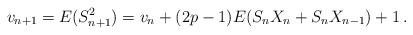
LaTeX: \begin{align*} v_{n+1}= E(S^2_{n+1})=v_n +(2p-1)E(S_nX_n+S_n X_{n-1})+1\,.\end{align*}